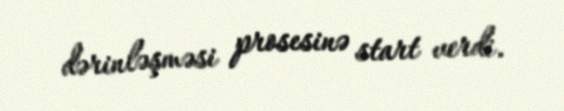
dərinləşməsi prosesinə start verdi.